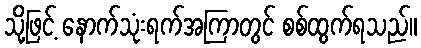
သို့ဖြင့် နောက်သုံးရက်အကြာတွင် စစ်ထွက်ရသည်။